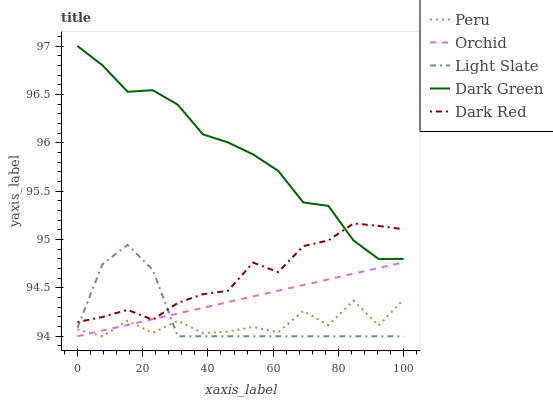
| xaxis_label | Peru | Orchid | Light Slate | Dark Green | Dark Red |
 | --- | --- | --- | --- | --- | --- |
 | 0 | 94.1 | 94 | 94.1 | 97 | 94.1 |
 | 7.69 | 94 | 94.1 | 94.7 | 96.8 | 94.2 |
 | 15.4 | 94.2 | 94.1 | 94.9 | 96.5 | 94.3 |
 | 23.1 | 94 | 94.2 | 94.7 | 96.5 | 94.2 |
 | 30.8 | 94.2 | 94.2 | 94 | 96.4 | 94.3 |
 | 38.5 | 94 | 94.3 | 94 | 96.1 | 94.4 |
 | 46.2 | 94 | 94.4 | 94 | 96 | 94.5 |
 | 53.8 | 94.1 | 94.4 | 94 | 95.9 | 94.8 |
 | 61.5 | 94 | 94.5 | 94 | 95.7 | 94.7 |
 | 69.2 | 94.3 | 94.5 | 94 | 95.4 | 94.9 |
 | 76.9 | 94.1 | 94.6 | 94 | 95.3 | 95 |
 | 84.6 | 94.4 | 94.6 | 94 | 95 | 95.2 |
 | 92.3 | 94.1 | 94.7 | 94 | 94.8 | 95.1 |
 | 100 | 94.4 | 94.8 | 94 | 94.8 | 95.1 |